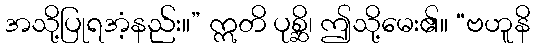
အသို့ပြုရအံ့နည်း။” ဣတိ ပုစ္ဆိ၊ ဤသို့မေး၏။ “ဗဟူနိ